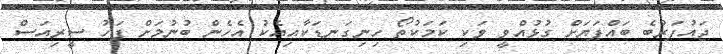
ޖައުފަރުބެ ބައްޕަޔަށް ގުޅުއްވީ ވަކި ކަމަކުތޯ ހިނިގަނޑަކާއިއެކު އެހެން ބުނުމަށް ފަހު ސީރިއަސް